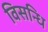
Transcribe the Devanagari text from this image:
विसन्धि